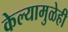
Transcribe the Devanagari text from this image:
केल्यामुळेही